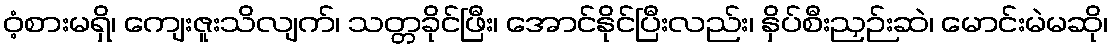
ဝံ့စားမရှိ၊ ကျေးဇူးသိလျက်၊ သတ္တခိုင်ဖြီး၊ အောင်နိုင်ပြီးလည်း၊ နှိပ်စီးညှဉ်းဆဲ၊ မောင်းမဲမဆို၊